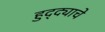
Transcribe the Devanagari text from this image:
हुद्द्याचे